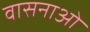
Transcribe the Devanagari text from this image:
वासनाओ